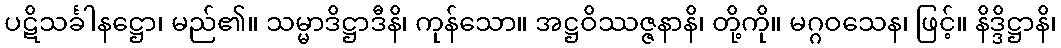
ပဋိသင်္ခါနဋ္ဌော၊ မည်၏။ သမ္မာဒိဋ္ဌာဒီနိ၊ ကုန်သော။ အဋ္ဌဝိဿဇ္ဇနာနိ၊ တို့ကို။ မဂ္ဂဝသေန၊ ဖြင့်။ နိဒ္ဒိဋ္ဌာနိ၊